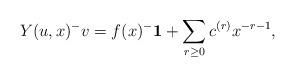
LaTeX: \begin{align*}Y(u,x)^{-}v=f(x)^{-}{\bf 1}+\sum_{r\ge 0}c^{(r)}x^{-r-1},\end{align*}